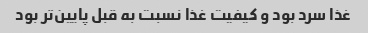
غذا سرد بود و کیفیت غذا نسبت به قبل پایین‌تر بود